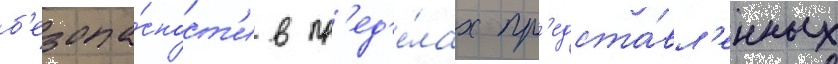
б'езопа́сност'и в пр'ед'е́лах пр'едста́вл'енных